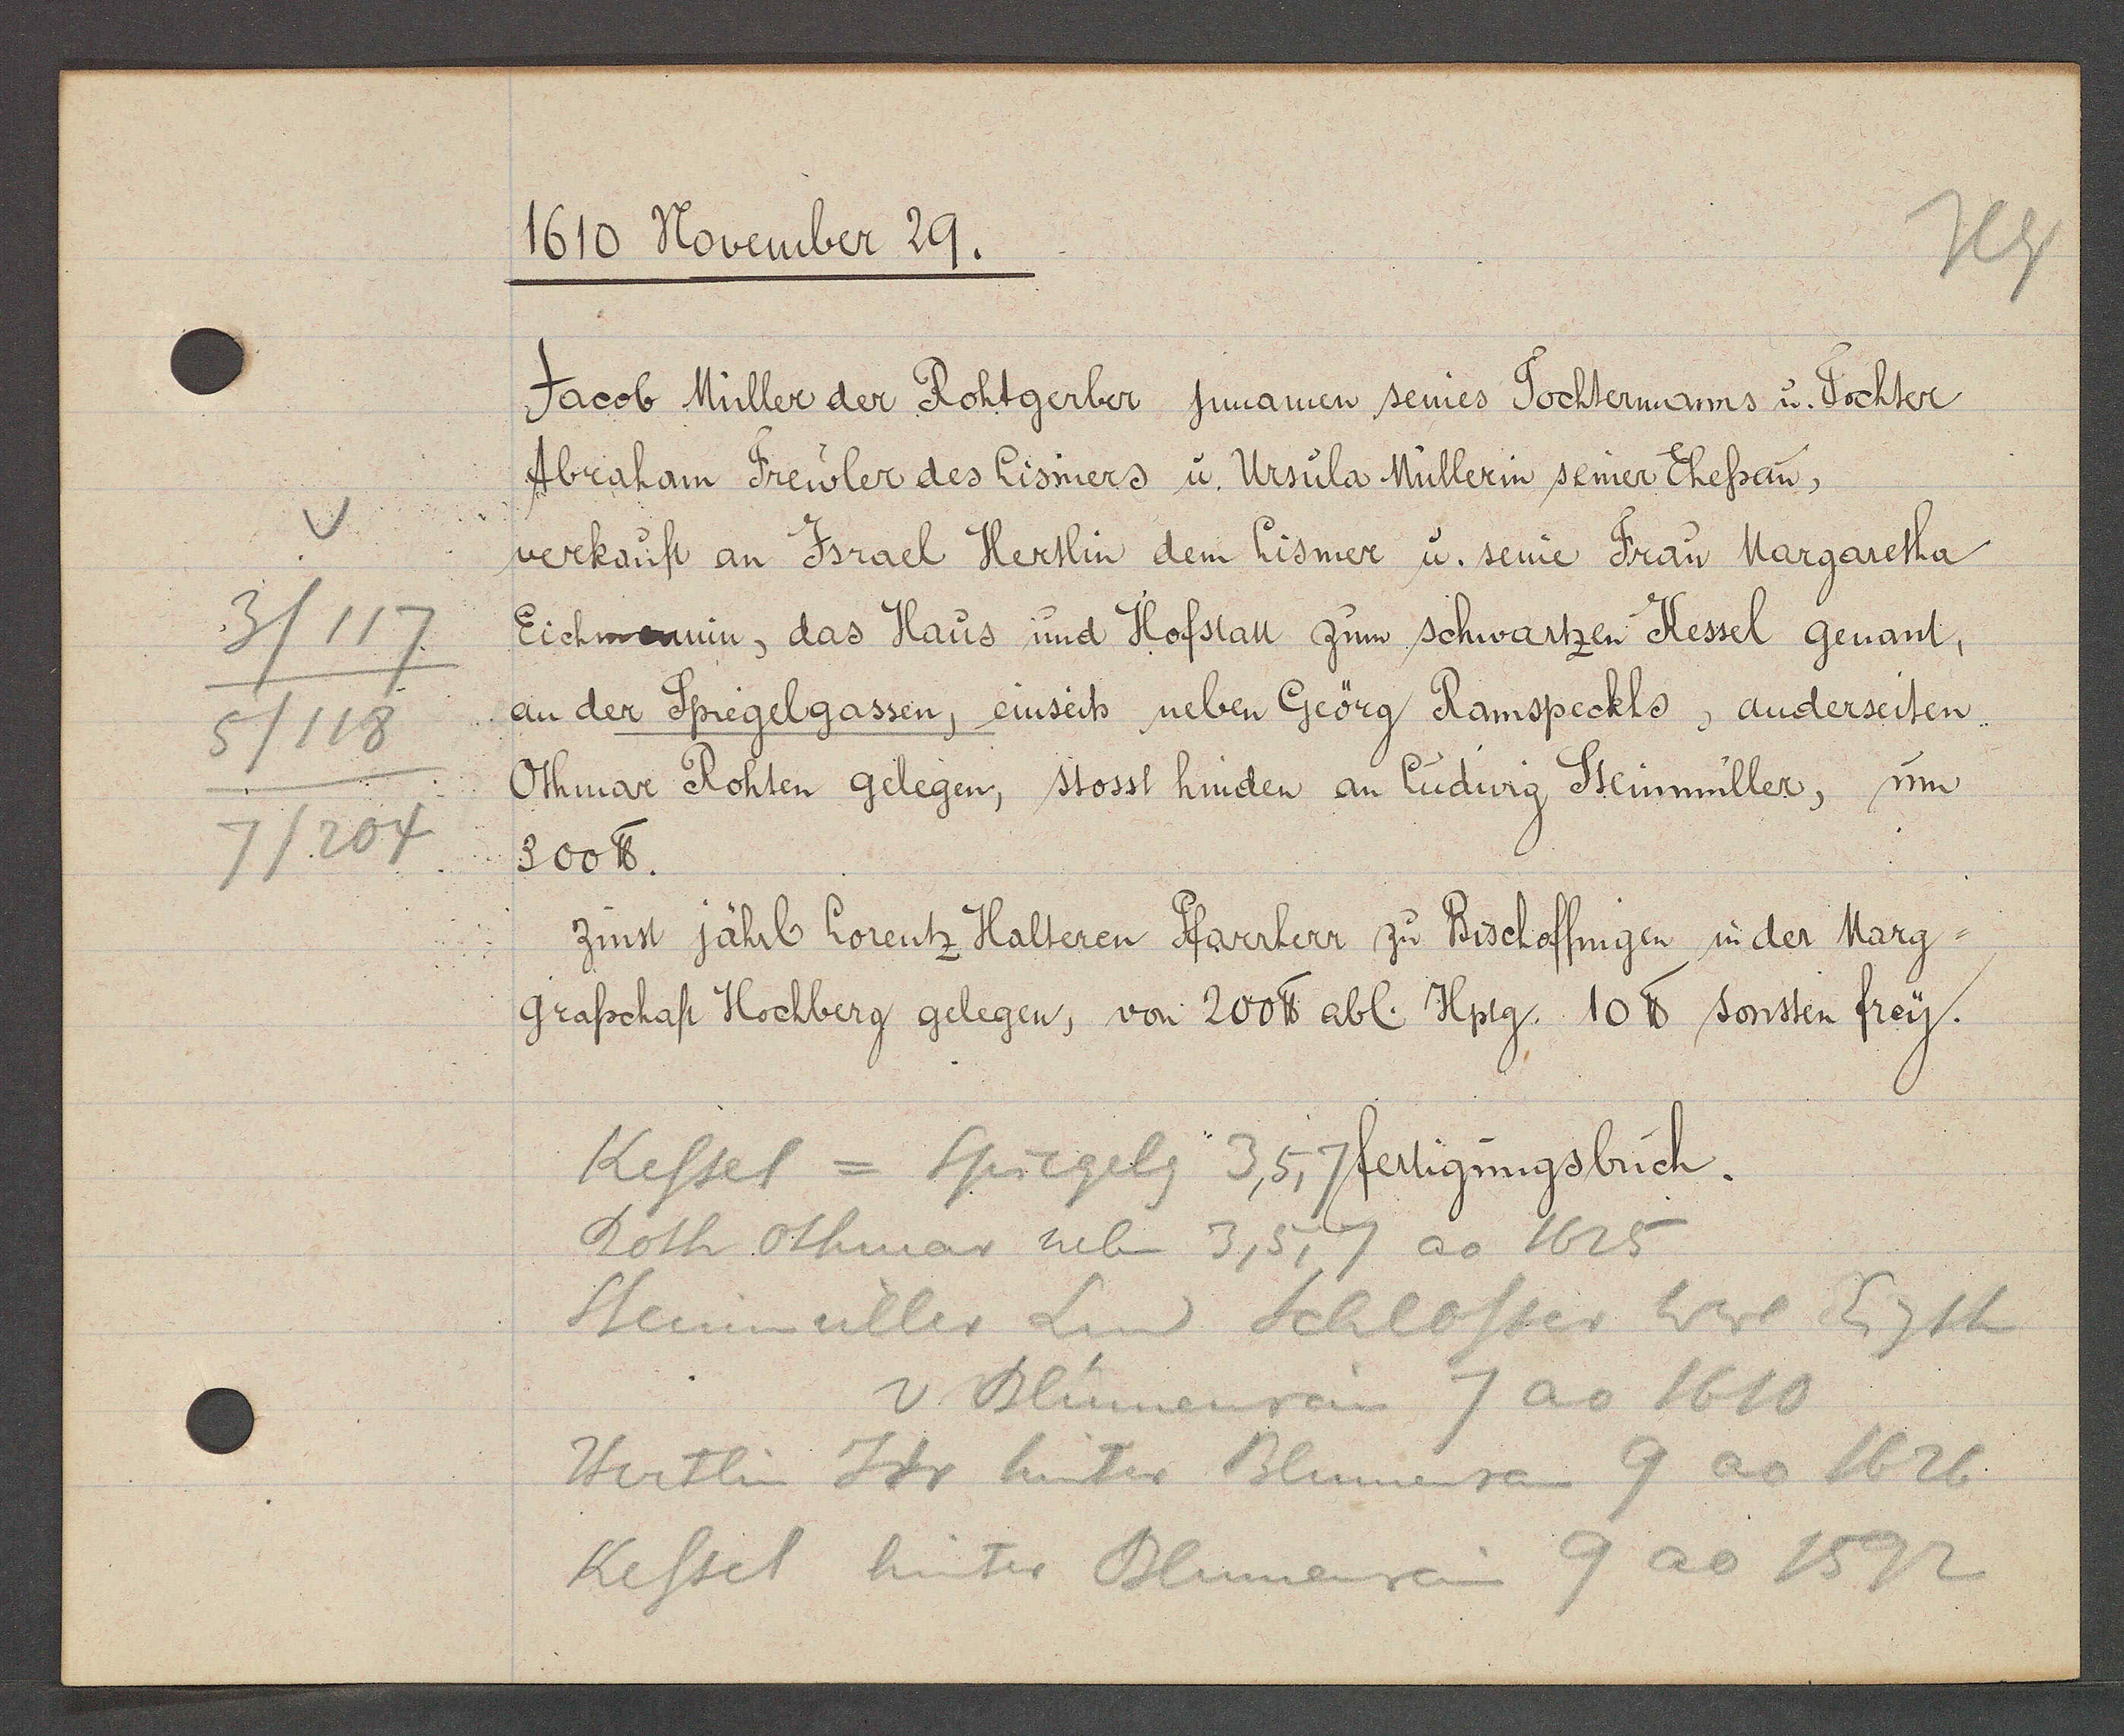
Transcript:
117
3
5/118
7/204

1610 November 29.

Jacob Müller der Rohtgerber jnnamen seines Tochtermanns u. Tochter
Abraham Freuler des Lismers u. Ursula Müllerin seiner Ehefraw,
verkauft an Jsrael Hertlin dem Lismer u. seine Frau Margaretha
Eichmannin, das Haus und Hofstatt zum schwartzen Kessel genant,
an der Spiegelgassen, einseits neben Geörg Ramspeckhs, anderseiten
Othmar Rohten gelegen, stosst hinden an Ludwig Steinmüller, um
300 ℔.
Zinst jährl Lorentz Halteren Pfarrherr zu Bischoffnigen in der Marg¬
Grasschaft Hochberg gelegen, von 200 ℔ abl. Hptg. 10 ℔ sonsten frey.

Kessel = Spiegelg 3, 5, 7
Roth othmar neben 3, 5, 7 ao 1625
Stemüller Lud Schlosser Wwe Eigth
v. Blumenrein 7 ao 1610
Hertlin Hr hinter Blumenrain 9 ao 1626
Kessel hinter Blumenrain 9 ao 1592

fertigungsbuch.